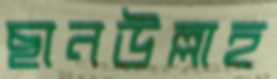
ছানউল্লাহ